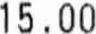
15.00